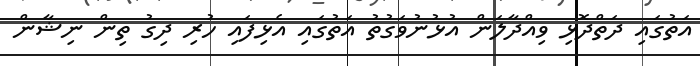
އަތުގައި ދަތްދޮޅި ވިއްދާލަން އުޅުނުވަގުތު އަތުގައި އެޅިފައި ހުރި ދިގު ތިން ނިޝާން